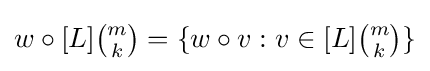
\textstyle w\circ [L]{\binom {m}{k}}=\{w\circ v:v\in [L]{\binom {m}{k}}\}